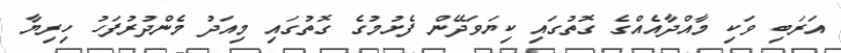
އަރަބި ވަކި މާއްދާއެއްގެ ގޮތުގައި ކިޔަވަދޭން ފެށުމުގެ ގޮތުގައި މިއަދު މެންދުރުފަހު ހިރިޔާ